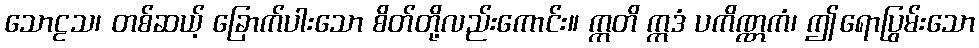
သောဠသ၊ တစ်ဆယ့် ခြောက်ပါးသော စိတ်တို့လည်းကောင်း။ ဣတိ ဣဒံ ပကိဏ္ဏကံ၊ ဤရောပြွမ်းသော